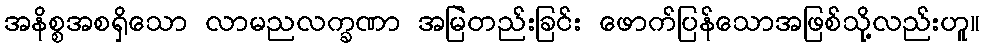
အနိစ္စအစရှိသော လာမညလက္ခဏာ အမြဲတည်းခြင်း ဖောက်ပြန်သောအဖြစ်သို့လည်းဟူ။